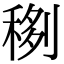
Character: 𥟻